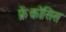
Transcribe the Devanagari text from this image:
फ्रेंकोसिस